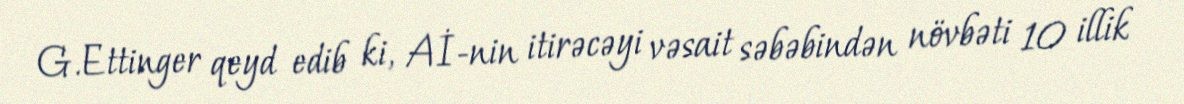
G.Ettinger qeyd edib ki, Aİ-nin itirəcəyi vəsait səbəbindən növbəti 10 illik